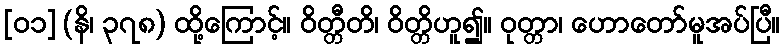
[၀၁] (နိ၊ ၃၇၈) ထို့ကြောင့်။ ဝိတ္တီတိ၊ ဝိတ္တိဟူ၍။ ဝုတ္တာ၊ ဟောတော်မူအပ်ပြီ။